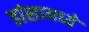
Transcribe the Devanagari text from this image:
डांसामध्ये